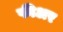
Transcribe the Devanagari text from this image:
फीअर